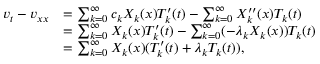
\begin{array} { r l } { v _ { t } - v _ { x x } } & { = \sum _ { k = 0 } ^ { ∞ } c _ { k } X _ { k } ( x ) T _ { k } ^ { \prime } ( t ) - \sum _ { k = 0 } ^ { ∞ } X _ { k } ^ { \prime \prime } ( x ) T _ { k } ( t ) } \\ & { = \sum _ { k = 0 } ^ { ∞ } X _ { k } ( x ) T _ { k } ^ { \prime } ( t ) - \sum _ { k = 0 } ^ { ∞ } ( - λ _ { k } X _ { k } ( x ) ) T _ { k } ( t ) } \\ & { = \sum _ { k = 0 } ^ { ∞ } X _ { k } ( x ) ( T _ { k } ^ { \prime } ( t ) + λ _ { k } T _ { k } ( t ) ) , } \end{array}